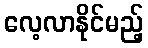
လေ့လာနိုင်မည့်